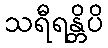
သရီရန္တိပိ